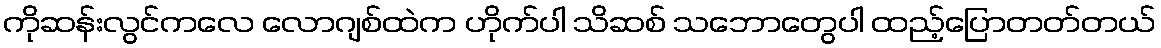
ကိုဆန်းလွင်ကလေ လောဂျစ်ထဲက ဟိုက်ပါ သိဆစ် သဘောတွေပါ ထည့်ပြောတတ်တယ်